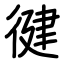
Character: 徤